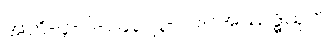
အဘိ-၄-ပါ-၁၄၃၊ ဋ္ဌ-၇၁။ ။အဿဒ္ဓသုတ်၊